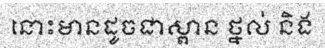
នោះមានដូចជាស្ពាន ថ្នល់ និង